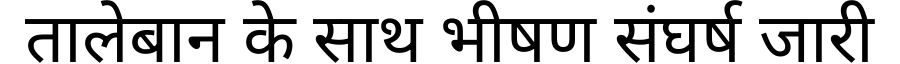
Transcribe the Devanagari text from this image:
तालेबान के साथ भीषण संघर्ष जारी